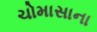
ચોમાસાના